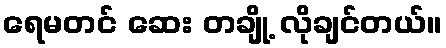
ရေမတင် ဆေး တချို့ လိုချင်တယ်။